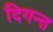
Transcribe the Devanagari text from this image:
दिगन्त